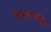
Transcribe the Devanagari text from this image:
विषुवतरेखिय